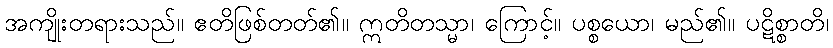
အကျိုးတရားသည်။ ဧတိဖြစ်တတ်၏။ ဣတိတသ္မာ၊ ကြောင့်။ ပစ္စယော၊ မည်၏။ ပဋိစ္စာတိ၊